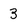
Character: 3